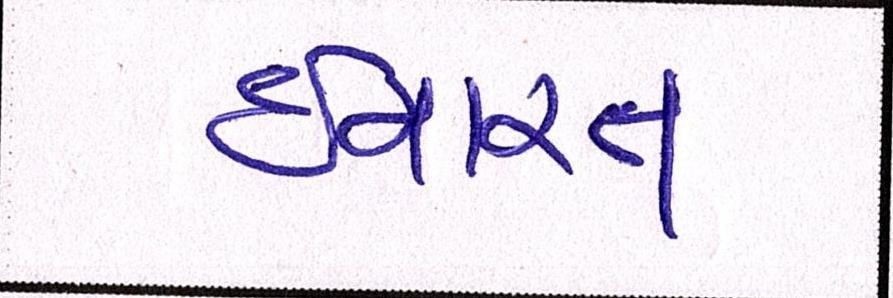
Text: ઈમારત